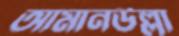
আমানউল্লা